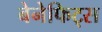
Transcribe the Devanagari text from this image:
बेनेफिट्स